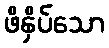
ဖိနှိပ်သော